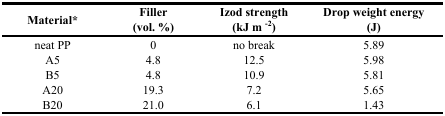
| Material* | Filler (vol. %) | Izod strength (kJ m -2) | Drop weight energy (J) |
 | --- | --- | --- | --- |
 | neat PP | 0 | no break | 5.89 |
 | A5 | 4.8 | 12.5 | 5.98 |
 | B5 | 4.8 | 10.9 | 5.81 |
 | A20 | 19.3 | 7.2 | 5.65 |
 | B20 | 21.0 | 6.1 | 1.43 |